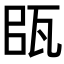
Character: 𤬴